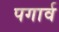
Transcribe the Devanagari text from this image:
पगार्व